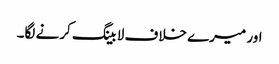
اور میرے خلاف لا بینگ کرنے لگا۔